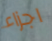
اجزاء